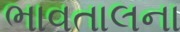
ભાવતાલના